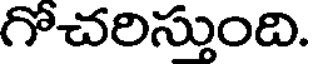
గొచరిస్తుంది.